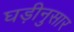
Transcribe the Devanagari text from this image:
घड़ीनुसार